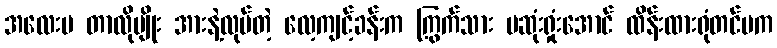
အလေးမ တာလိုမျိုး အားနဲ့လုပ်တဲ့ လေ့ကျင့်ခန်းက ကြွက်သား မဆုံးရှုံးအောင် ထိန်းထားရုံတင်မက